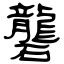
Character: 礱